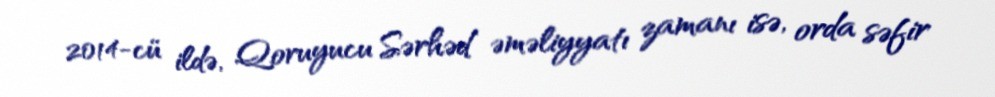
2014-cü ildə, Qoruyucu Sərhəd əməliyyatı zamanı isə, orda səfir